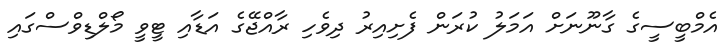
އެމްބީސީގެ ގާނޫނަށް އަމަލު ކުރަން ފެށިއިރު ދިވެހި ރާއްޖޭގެ އަޑާއި ޓީވީ މޯލްޑިވްސްގައި